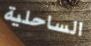
الساحلية